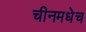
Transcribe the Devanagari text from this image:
चीनमधेच